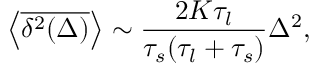
\left< \overline { { \delta ^ { 2 } ( \Delta ) } } \right> \sim \frac { 2 K \tau _ { l } } { \tau _ { s } ( \tau _ { l } + \tau _ { s } ) } \Delta ^ { 2 } ,